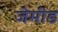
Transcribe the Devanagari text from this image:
जेमीड